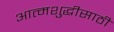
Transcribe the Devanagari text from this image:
आत्मशुद्धीसाठी